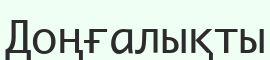
Доңғалықты